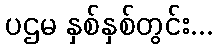
ပဌမ နှစ်နှစ်တွင်း...